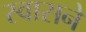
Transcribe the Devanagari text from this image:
स्वासने